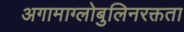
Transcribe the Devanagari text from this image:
अगामाग्लोबुलिनरक्तता